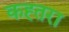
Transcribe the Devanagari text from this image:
कह्तरा